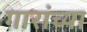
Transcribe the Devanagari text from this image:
गारांच्या